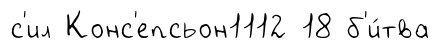
с'ил Конс'епсьон1112 18 б'и́тва